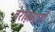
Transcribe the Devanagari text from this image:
बेरोज़गारों